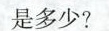
是多少?